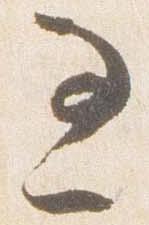
過